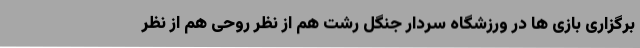
برگزاری بازی ها در ورزشگاه سردار جنگل رشت هم از نظر روحی هم از نظر